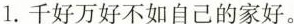
1.千好万好不如自己的家好。